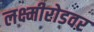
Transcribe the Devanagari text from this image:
लक्ष्मीरोडवर